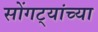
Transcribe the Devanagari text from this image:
सोंगट्यांच्या